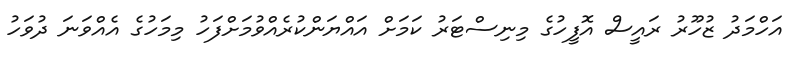
އަހްމަދު ޒުހޫރު ރައީސް އޮފީހުގެ މިނިސްޓަރު ކަމަށް އައްޔަންކުރެއްވުމަށްފަހު މިމަހުގެ އެއްވަނަ ދުވަހު